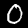
Digit: 0